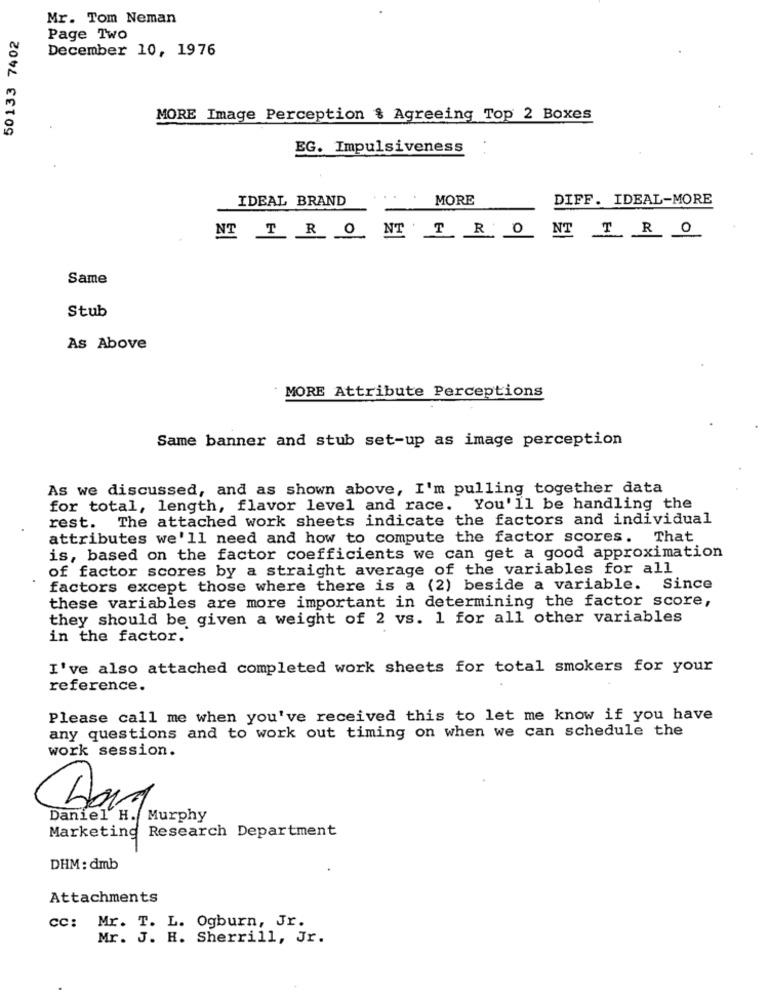
Mr. Tom Neman
50133 7402
Page Two
December 10, 1976
MORE Image Perception & Agreeing Top 2 Boxes
EG. Impulsiveness
IDEAL BRAND
MORE
DIFF. IDEAL-MORE
NT TR ONTTRO
NT T R O
Same
Stub
As Above
MORE Attribute Perceptions
Same banner and stub set-up as image perception
As we discussed, and as shown above, I'm pulling together data
for total, length, flavor level and race. You'll be handling the
The attached work sheets indicate the factors and individual
rest.
attributes we'll need and how to compute the factor scores.
That
is, based on the factor coefficients we can get a good approximation
of factor scores by a straight average of the variables for all
factors except those where there is a (2) beside a variable. Since
these variables are more important in determining the factor score,
they should be given a weight of 2 vs. 1 for all other variables
in the factor.
I've also attached completed work sheets for total smokers for your
reference.
Please call me when you've received this to let me know if you have
any questions and to work out timing on when we can schedule the
work session.
Daniel H. Murphy
Marketing Research Department
DHM : dmb
Attachments
CC:
Mr. T. L. Ogburn, Jr.
Mr. J. H. Sherrill, Jr.